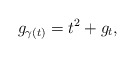
\begin{align*} g_{\gamma(t)}={}t^2 + g_t,\end{align*}